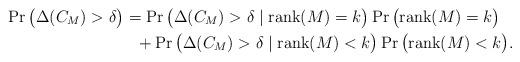
LaTeX: \begin{align*}\Pr\big(\Delta(C_M)>\delta\big) &=\Pr\big(\Delta(C_M)>\delta\mid{\rm rank}(M)=k\big) \Pr\big({\rm rank}(M)=k\big)\\ &~~ +\Pr\big(\Delta(C_M)>\delta\mid{\rm rank}(M)<k\big) \Pr\big({\rm rank}(M)<k\big).\end{align*}